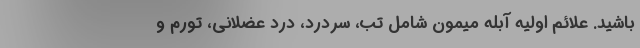
باشید. علائم اولیه آبله میمون شامل تب، سردرد، درد عضلانی، تورم و